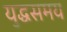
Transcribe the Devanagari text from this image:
युद्धसमय